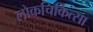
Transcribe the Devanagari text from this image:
लोकचिकित्सा